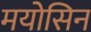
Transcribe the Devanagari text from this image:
मयोसिन